Vaccination in the Punjab 1883-1896 - 1883-1896
Year: 1883
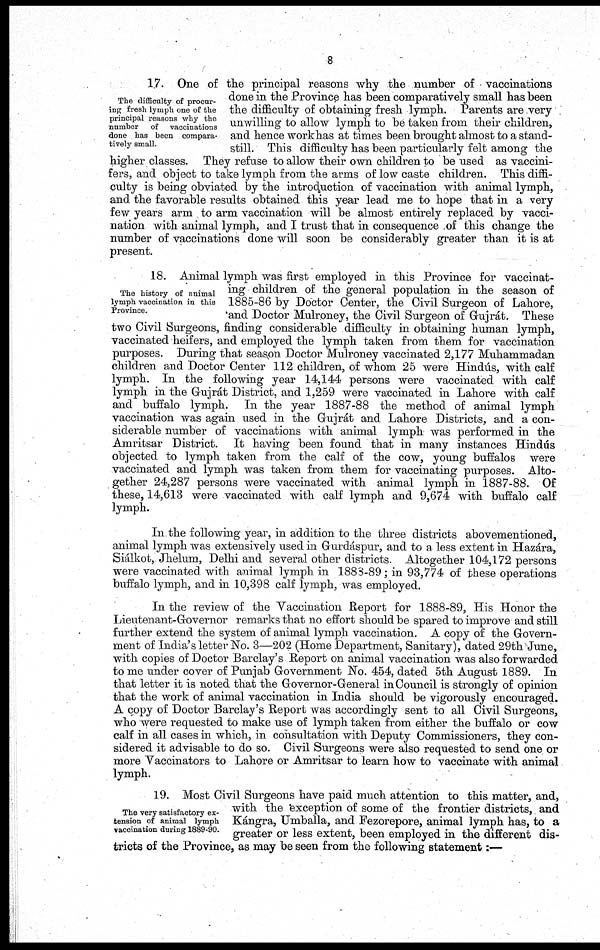
8
The difficulty of procur-
ing fresh lymph one of the
principal reasons why the
number
of
vaccinations
done has been compara-
tively small.
17. One of the principal reasons why the number of vaccinations
done in the Province has been comparatively small has been
the difficulty of obtaining fresh lymph. Parents are very
unwilling to allow lymph to be taken from their children,
and hence workhas at times been brought almost to a stand-
still. This difficulty has been particularly felt among the
higher classes. They refuse to allow their own children to be used as vaccini¬
fers, and object to take lymph from the arms of low caste children. This diffi-
culty is being obviated by the introduction of vaccination with animal lymph,
and the favorable results obtained this year lead me to hope that in a very
few years arm to arm vaccination will be almost entirely replaced by vacci-
nation with animal lymph, and I trust that in consequence of this change the
number of vaccinations done will soon be considerably greater than it is at
present.
The history of animal
lymph vaccination in this
Province.
18. Animal lymph was first employed in this Province for vaccinat-
ing children of the general population in the season of
1885-86 by Doctor Center, the Civil Surgeon of Lahore,
and Doctor Mulroney, the Civil Surgeon of Gujrát. These
two Civil Surgeons, finding considerable difficulty in obtaining human lymph,
vaccinated heifers, and employed the lymph taken from them for vaccination
purposes. During that season Doctor Mulroney vaccinated 2,177 Muhammadan
children and Doctor Center 112 children, of whom 25 were Hindús, with calf
lymph. In the following year 14,144 persons were vaccinated with calf
lymph in the Gujrát District, and 1,259 were vaccinated in Lahore with calf
and buffalo lymph. In the year 1887-88 the method of animal lymph
vaccination was again used in the Gujrát and Lahore Districts, and a con-
siderable number of vaccinations with animal lymph was performed in the
Amritsar District. It having been found that in many instances Hindús
objected to lymph taken from the calf of the cow, young buffalos were
vaccinated and lymph was taken from them for vaccinating purposes. Alto-
gether 24,287 persons were vaccinated with animal lymph in 1887-88. Of
these, 14,613 were vaccinated with calf lymph and 9,674 with buffalo calf
lymph.
In the following year, in addition to the three districts abovementioned,
animal lymph was extensively used in Gurdáspur, and to a less extent in Hazára,
Siálkot, Jhelum, Delhi and several other districts. Altogether 104,172 persons
were vaccinated with animal lymph in 1883-89; in 93,774 of these operations
buffalo lymph, and in 10,398 calf lymph, was employed.
In the review of the Vaccination Report for 1888-89, His Honor the
Lieutenant-Governor remarks that no effort should be spared to improve and still
further extend the system of animal lymph vaccination. A copy of the Govern-
ment of India's letter No. 3—202 (Home Department, Sanitary), dated 29th June,
with copies of Doctor Barclay's Report on animal vaccination was also forwarded
to me under cover of Punjab Government No. 454, dated 5th August 1889. In
that letter it is noted that the Governor-General in Council is strongly of opinion
that the work of animal vaccination in India should be vigorously encouraged.
A copy of Doctor Barclay's Report was accordingly sent to all Civil Surgeons,
who were requested to make use of lymph taken from either the buffalo or cow
calf in all cases in which, in consultation with Deputy Commissioners, they con-
sidered it advisable to do so. Civil Surgeons were also requested to send one or
more Vaccinators to Lahore or Amritsar to learn how to vaccinate with animal
lymph.
The very satisfactory ex-
tension of animal lymph
vaccination during 1889-90.
19. Most Civil Surgeons have paid much attention to this matter, and,
with the exception of some of the frontier districts, and
Kángra, Umballa, and Fezorepore, animal lymph has, to a
greater or less extent, been employed in the different dis-
tricts of the Province, as may be seen from the following statement:—